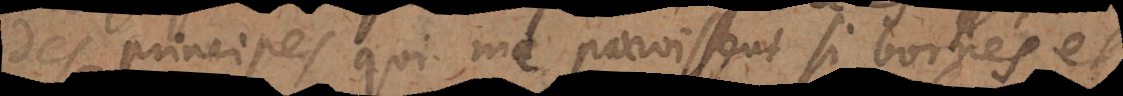
ces principes qui me paroissent si bornés et